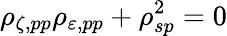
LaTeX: \rho_{\zeta,pp}\rho_{\varepsilon,pp}+\rho_{sp}^{2}=0